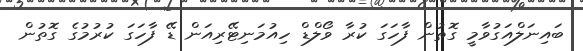
ބައިނަލްއަގުވާމީ ގޮތުން ފާހަގަ ކުރާ ވޯލްޑް ހިއުމަނިޓޭރިއަން ޑޭ ފާހަގަ ކުރުމުގެ ގޮތުން